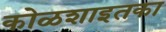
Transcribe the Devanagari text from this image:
कोळशाइतका